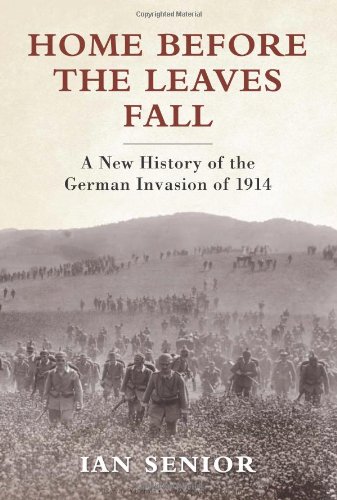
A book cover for Home Before the Leaves Fall: A New History of the German Invasion of 1914 (General Military); Ian Senior; History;